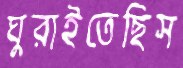
ঘুরাইতেছিস